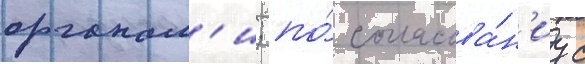
органам'и; по́ согласова́н'иу с